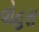
વોહરા